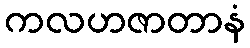
ကလဟဇာတာနံ